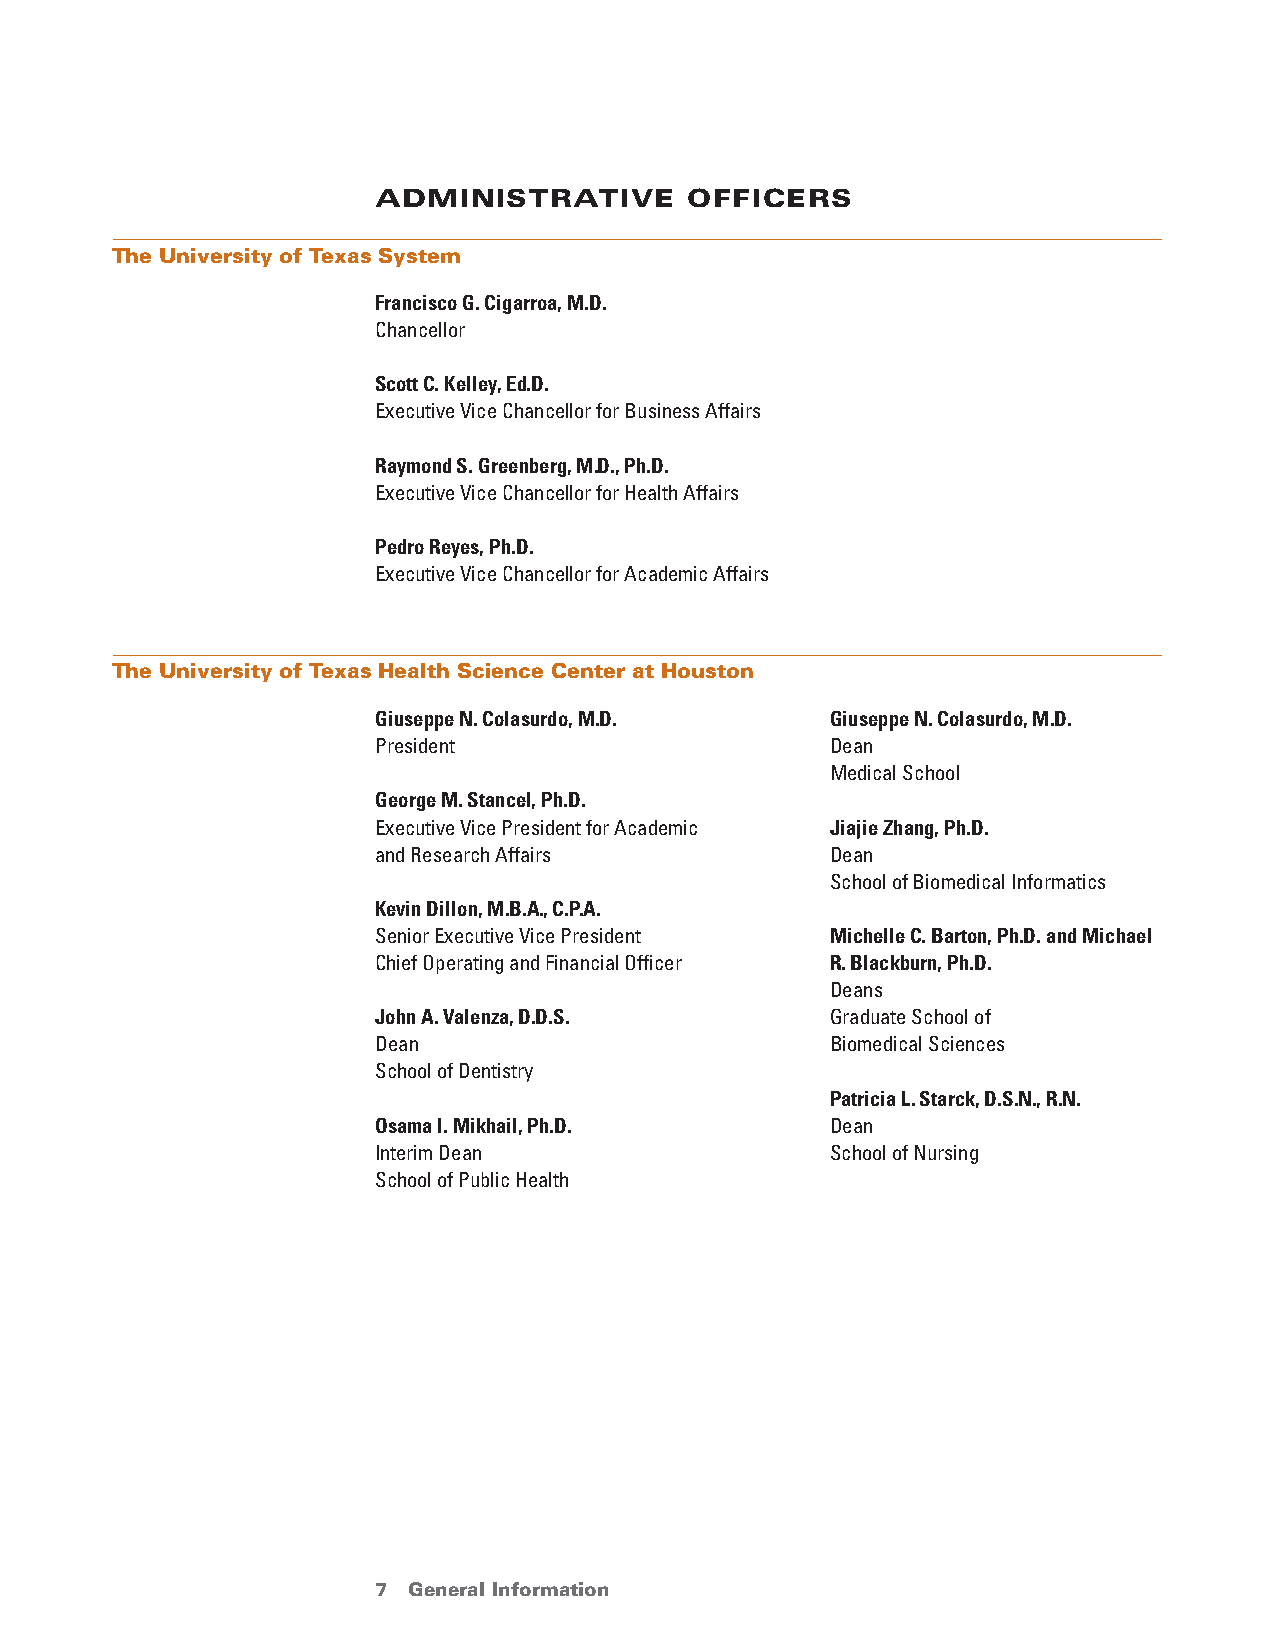
administrative      officers
 The University of Texas System
 francisco G. Cigarroa, m.D.
 Chancellor
 Scott C. Kelley, ed.D.
 Executive Vice Chancellor for Business Affairs
 raymond S. Greenberg, m.D., Ph.D.
 Executive Vice Chancellor for Health Affairs
 Pedro reyes, Ph.D.
 Executive Vice Chancellor for Academic Affairs
 The University of Texas Health Science Center at Houston
 Giuseppe n. Colasurdo, m.D.   Giuseppe n. Colasurdo, m.D.
 President                     Dean
 Medical School
 George m. Stancel, Ph.D.
 Executive Vice President for Academic Jiajie Zhang, Ph.D.
 and Research Affairs          Dean
 School of Biomedical Informatics
 Kevin Dillon, m.B.a., C.P.a.
 Senior Executive Vice President michelle C. Barton, Ph.D. and michael
 Chief Operating and Financial Officer r. Blackburn, Ph.D.
 Deans
 John a. Valenza, D.D.S.       Graduate School of
 Dean                          Biomedical Sciences
 School of Dentistry
 Patricia l. Starck, D.S.n., r.n.
 osama I. mikhail, Ph.D.       Dean
 Interim Dean                  School of Nursing
 School of Public Health
 7 General Information                  return to Table of Contents